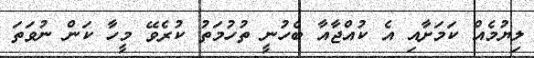
ލިޔުމެއް ކަމަށާއި އެ ކުއްޖާއާ ބެހުނީ ތުހުމަތު ކުރެވޭ މީހާ ކަން ނުވަތަ